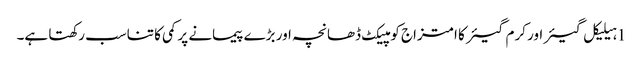
1 ہیلیکل گیئر اور کرم گیئر کا امتزاج کومپیکٹ ڈھانچہ اور بڑے پیمانے پر کمی کا تناسب رکھتا ہے۔